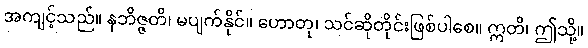
အကျင့်သည်။ နဘိဇ္ဇတိ၊ မပျက်နိုင်။ ဟောတု၊ သင်ဆိုတိုင်းဖြစ်ပါစေ။ ဣတိ၊ ဤသို့။